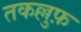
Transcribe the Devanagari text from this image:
तकल्लुफ़